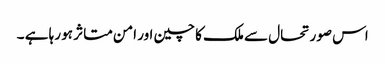
اس صورتحال سے ملک کا چین اور امن متاثر ہو رہا ہے ۔